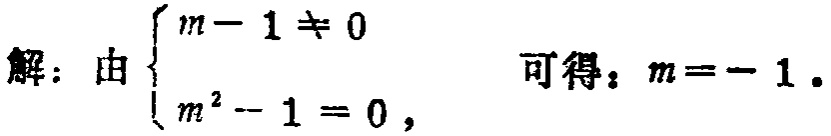
解：由$\begin{cases}

m - 1 \neq 0 \\

m^{2} - 1 = 0,

\end{cases}$可得：$m = - 1$.